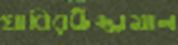
খাবিরউজ্জামান